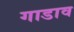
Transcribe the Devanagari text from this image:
गाडाव